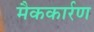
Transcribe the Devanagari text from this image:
मैककार्रण